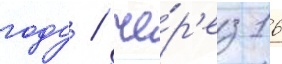
году / че́р'ез 16